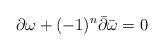
LaTeX: \begin{align*}\partial \omega + (-1)^n \bar{\partial} \bar{\omega} = 0\end{align*}